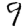
Digit: 9